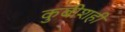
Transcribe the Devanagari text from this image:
कुबीशही